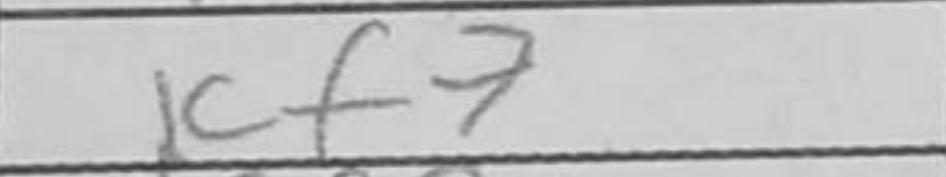
Transcription: Kf7